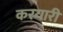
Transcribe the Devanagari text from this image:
करयारी